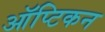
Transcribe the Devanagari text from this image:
ऑप्टिकन